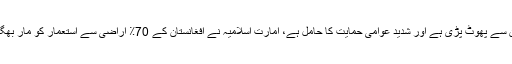
استعمار کے خلاف افغان مؤمن عوام کے جہادی قیام کا مثالی قوت امارت اسلامیہ ہے،جو عوام کے بطن سے پھوٹ پڑی ہے اور شدید عوامی حمایت کا حامل ہے، امارت اسلامیہ نے افغانستان کے 70٪ اراضی سے استعمار کو مار بھگایا ہے، استعمار اور اس کے حامی اب ملک کے چند محدود علاقوں میں کئی کئی مقامات پر قابض ہے۔